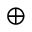
\oplus